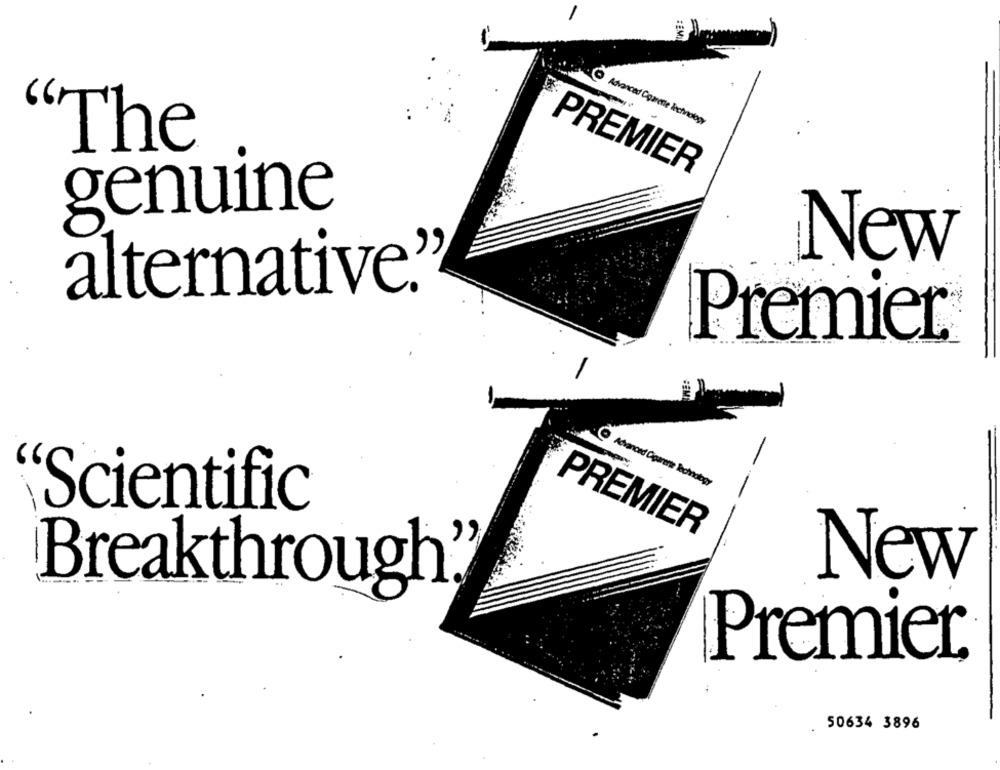
Advance
Corrente lectvaology
‘The
PREMIER
genuine
New
alternative.
Premier
Advanced Cigarette Technology
"Scientific
PREMIER
New
Breakthrough"
Premier,
50634 3896